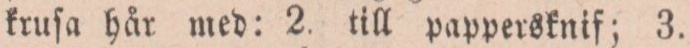
kruſa hår med: 2. till pappersknif; 3.